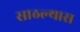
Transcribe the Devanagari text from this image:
साठल्यास